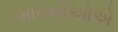
માનવીઓએ